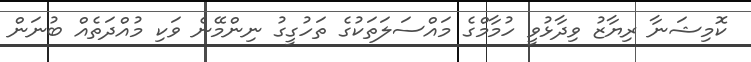
ކޮމިޝަނާ ރިޔާޒު ވިދާޅުވީ ހުމާމްގެ މައްސަލަތަކުގެ ތަހުގީގު ނިންމޭނެ ވަކި މުއްދަތެއް ބުނަން